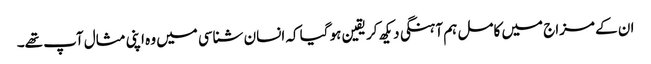
ان کے مزاج میں کامل ہم آہنگی دیکھ کر یقین ہو گیا کہ انسان شناسی میں وہ اپنی مثال آپ تھے۔